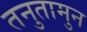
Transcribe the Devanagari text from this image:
तनुतामुन